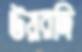
উয়রদি